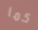
كما